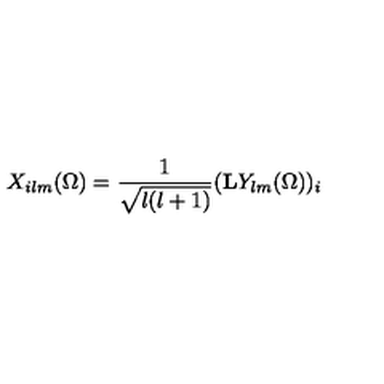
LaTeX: X _ { i l m } ( \Omega ) = \frac { 1 } { \sqrt { l ( l + 1 ) } } ( \mathrm { { \bf L } } Y _ { l m } ( \Omega ) ) _ { i }